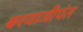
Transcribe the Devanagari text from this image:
बरवाजीपंत